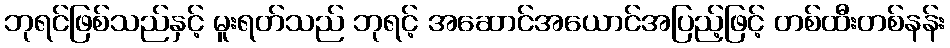
ဘုရင်ဖြစ်သည်နှင့် မူးရတ်သည် ဘုရင့် အဆောင်အယောင်အပြည့်ဖြင့် တစ်ထီးတစ်နန်း